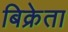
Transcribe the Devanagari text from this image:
बिक्रेता